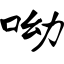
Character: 呦